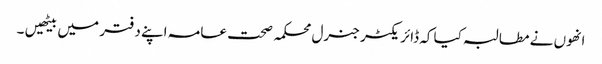
انھوں نے مطالبہ کیا کہ ڈائریکٹر جنرل محکمہ صحت عامہ اپنے دفتر میں بیٹھیں ۔